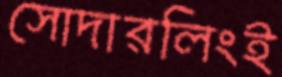
সোদারলিংই